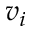
v _ { i }